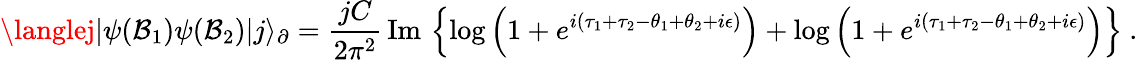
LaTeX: \langlej|\psi(\mathcal{B}_{1})\psi(\mathcal{B}_{2})|j\rangle_{\partial}=\frac{{jC}}{{2\pi^{2}}}\, \mathrm{{Im}}\, \left\lbrace\log\left(1+e^{i(\tau_{1}+\tau_{2}-\theta_{1}+\theta_{2}+i\epsilon)}\right)+\log\left(1+e^{i(\tau_{1}+\tau_{2}-\theta_{1}+\theta_{2}+i\epsilon)}\right)\right\rbrace\ .